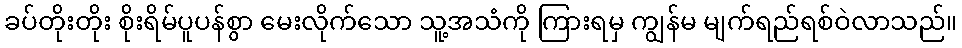
ခပ်တိုးတိုး စိုးရိမ်ပူပန်စွာ မေးလိုက်သော သူ့အသံကို ကြားရမှ ကျွန်မ မျက်ရည်ရစ်ဝဲလာသည်။